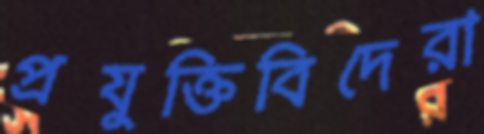
প্রযুক্তিবিদেরা